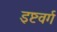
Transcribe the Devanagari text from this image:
इष्टवर्ग